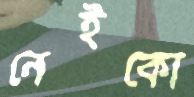
নেইকো